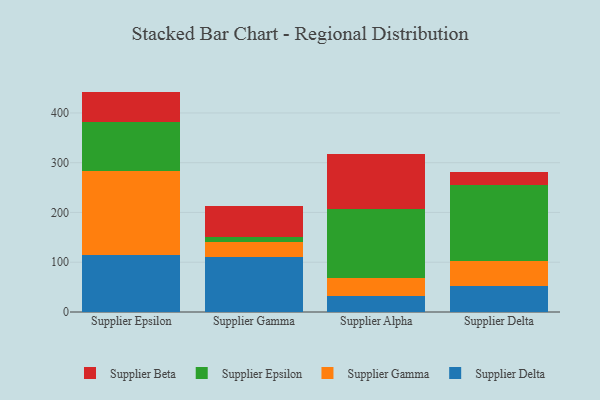
{"axis": {"x": "Supplier", "y": "Headcount"}, "legend": ["Supplier Beta", "Supplier Delta", "Supplier Epsilon", "Supplier Gamma"], "data": [{"x": "Supplier Epsilon", "y": 114.6, "type": "Supplier Delta"}, {"x": "Supplier Epsilon", "y": 168.1, "type": "Supplier Gamma"}, {"x": "Supplier Epsilon", "y": 99.4, "type": "Supplier Epsilon"}, {"x": "Supplier Epsilon", "y": 60.8, "type": "Supplier Beta"}, {"x": "Supplier Gamma", "y": 110.8, "type": "Supplier Delta"}, {"x": "Supplier Gamma", "y": 30.7, "type": "Supplier Gamma"}, {"x": "Supplier Gamma", "y": 8.8, "type": "Supplier Epsilon"}, {"x": "Supplier Gamma", "y": 63.6, "type": "Supplier Beta"}, {"x": "Supplier Alpha", "y": 31.5, "type": "Supplier Delta"}, {"x": "Supplier Alpha", "y": 37.0, "type": "Supplier Gamma"}, {"x": "Supplier Alpha", "y": 138.4, "type": "Supplier Epsilon"}, {"x": "Supplier Alpha", "y": 110.8, "type": "Supplier Beta"}, {"x": "Supplier Delta", "y": 52.8, "type": "Supplier Delta"}, {"x": "Supplier Delta", "y": 49.9, "type": "Supplier Gamma"}, {"x": "Supplier Delta", "y": 151.8, "type": "Supplier Epsilon"}, {"x": "Supplier Delta", "y": 27.0, "type": "Supplier Beta"}]}